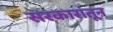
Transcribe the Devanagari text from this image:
सरकारांतून